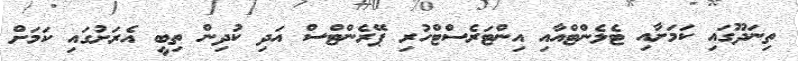
ތިނަދޫގައި ކަމަށާއި ޓެލެންޓްއާއި އިންޓަރެސްޓްހުރި ޕޭރެންޓްސް އަދި ކުދިން ތިބީ އެރަށުގައި ކަމަށް